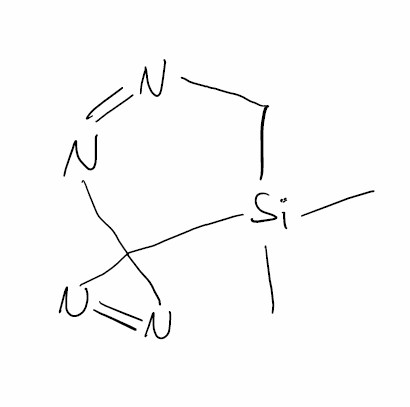
Simplified molecular-input line-entry system (SMILES) notation of the given molecule:
C[Si]1(CN=NC12N=N2)C